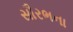
સૌરભના